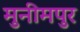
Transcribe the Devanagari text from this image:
मुनीमपुर